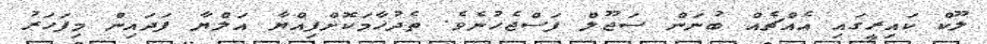
ލޫކް ކައިރީގައި އެއްޗެއް ބުނަން ސަޖޫލް ފަސްޖެހުނެވެ. ތެދުހާމަކޮށްފިއްޔާ އަލްޔާ ފަދައިން މިފަހަރު